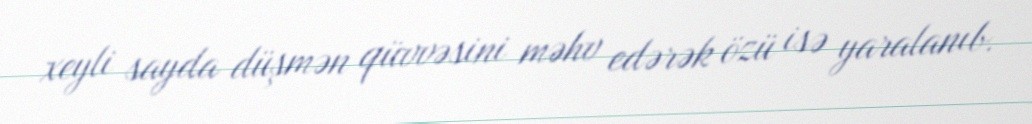
xeyli sayda düşmən qüvvəsini məhv edərək özü isə yaralanıb.